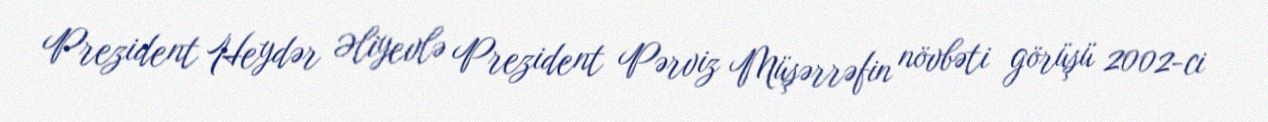
Prezident Heydər Əliyevlə Prezident Pərviz Müşərrəfin növbəti görüşü 2002-ci